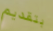
بتقديم